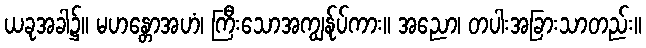
ယခုအခါ၌။ မဟန္တောအဟံ၊ ကြီးသောအကျွန်ုပ်ကား။ အညော၊ တပါးအခြားသာတည်း။